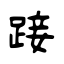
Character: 踥